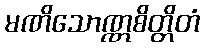
မဏိသောဏ္ဏစိတ္တိတံ